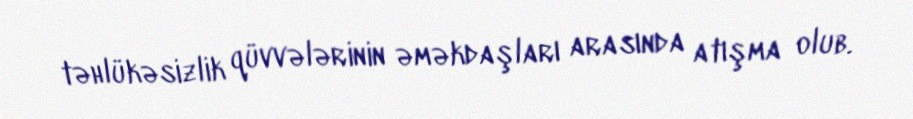
təhlükəsizlik qüvvələrinin əməkdaşları arasında atışma olub.